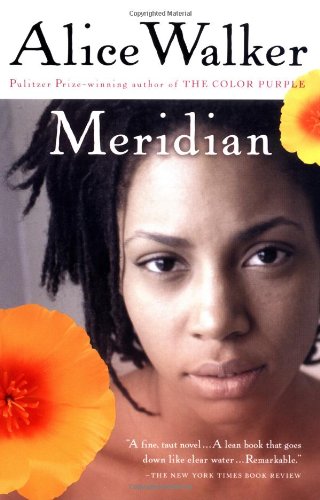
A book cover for Meridian; Alice Walker; Science Fiction & Fantasy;